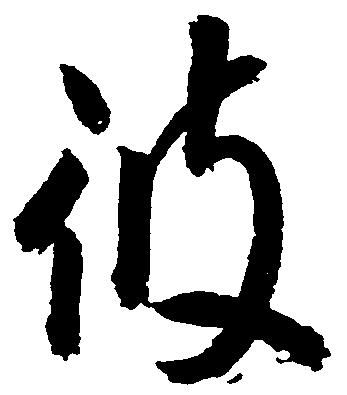
彼